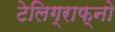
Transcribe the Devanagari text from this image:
टेलिग्राफ्नो